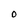
Character: 0